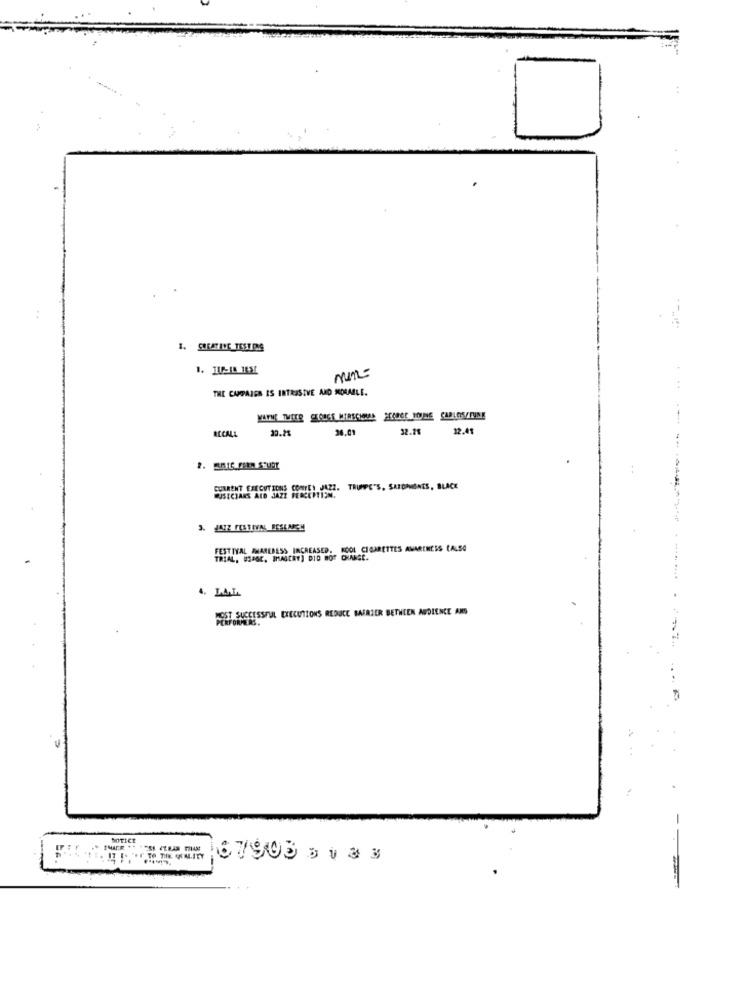
1. CREATING TEST PRIS
THE CAMPAIGN IS INTRUSIVE AND MORABLE.
WAYNE TWEER CKOUGE MIRSCHNAR SCAREC YOUNG CARLOS/TUINE
20.01
32.28
12.41
RECALL
30.25
CURRENT EXECUTIONS CONTE! JAZZ. TRUMPE'S, SATOMAGNES, BLACK
MUSICIANS ALD JAZZ PERCEPTION.
--- ----------
FESTIVAL AMAREDESS INCREASED. KOOL CIGARETTES AWARENESS (ALSO
TRIAL, USAGC, IMASCEY] DID NOT CHANGE.
4. LAL
MOST SUCCESSFUL EXECUTIONS REDUCE BAFRIER BETWEEN AUDIENCE ANS
MOTICE
67903 31 33